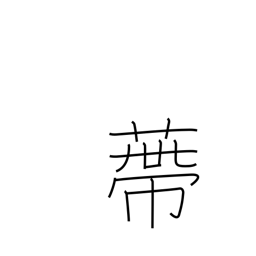
Meaning: calyx